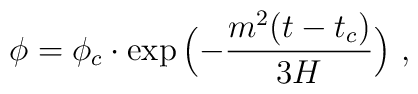
\phi = \phi_c \cdot \exp{\Bigl(-{m^2(t-t_c)\over 3 H}\Bigr)}\ ,